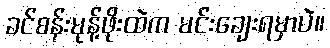
ခင်စန်းမုန့်ဖိုးထဲက မင်းချေးရမှာပဲ။